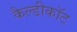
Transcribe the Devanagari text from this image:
कैल्डीकॉट